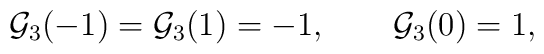
{\cal G}_3(-1)={\cal G}_3(1)=-1,\qquad{\cal G}_3(0)=1,